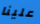
علينا